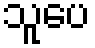
သူပေ